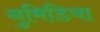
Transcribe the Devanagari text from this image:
नुमिडिया